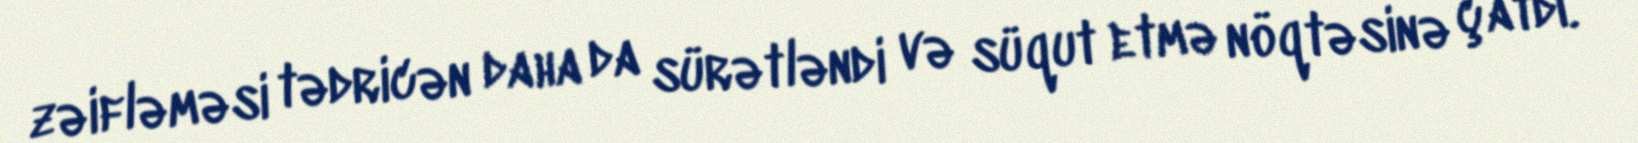
zəifləməsi tədricən daha da sürətləndi və süqut etmə nöqtəsinə çatdı.